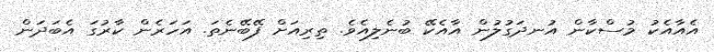
އެއާއެކު މުސްކާން އުނދަގުލުން އާއެކޭ ބުނެލިއެވެ. ތިރިއަށް ފޭބޭނެތަ. އަހަރެން ކާރުގަ އެބަދަން